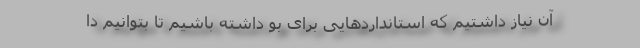
آن نیاز داشتیم که استانداردهایی برای بو داشته باشیم تا بتوانیم دا